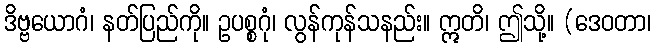
ဒိဗ္ဗယောဂံ၊ နတ်ပြည်ကို။ ဥပစ္စဂုံ၊ လွန်ကုန်သနည်း။ ဣတိ၊ ဤသို့။ (ဒေဝတာ၊